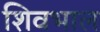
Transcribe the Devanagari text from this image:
शिवभाल